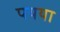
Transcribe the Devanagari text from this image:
पयया